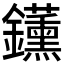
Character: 𬬡